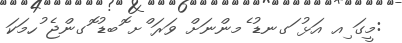
:މީގަ ިއ އަޅު ަގނޑު ެމންނަށް ވަރަ ްށ ޮބޑު ޮގންޖެ ުހމަކަ